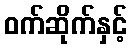
ဝက်ဆိုက်နှင့်